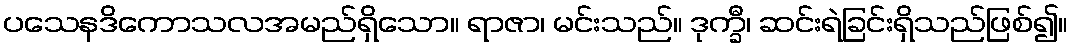
ပသေနဒိကောသလအမည်ရှိသော။ ရာဇာ၊ မင်းသည်။ ဒုက္ခီ၊ ဆင်းရဲခြင်းရှိသည်ဖြစ်၍။